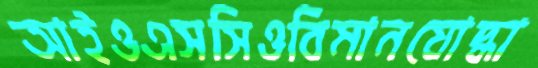
আইওএসসিওবিমানযোদ্ধা